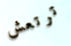
ترتعش